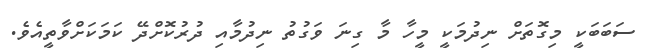
ސަބަބަކީ މިގޮތަށް ނިދުމަކީ މީހާ މާ ގިނަ ވަގުތު ނިދުމާއި ދުރުކޮށްދޭ ކަމަކަށްވާތީއެވެ.